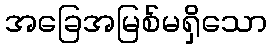
အခြေအမြစ်မရှိသော